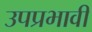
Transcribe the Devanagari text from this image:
उपप्रभावी